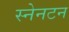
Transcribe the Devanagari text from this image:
स्नेनटन